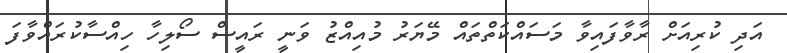
އަދި ކުރިއަށް ރާވާފައިވާ މަސައްކަތްތައް މޭޔަރު މުއިއްޒު ވަނީ ރައީސް ސޯލިހާ ހިއްސާކުރައްވާފަ